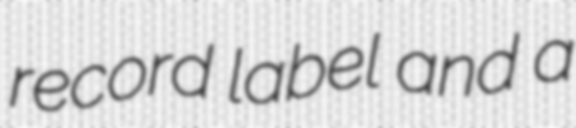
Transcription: record label and a